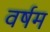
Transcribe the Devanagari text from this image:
वर्षम